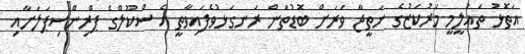
އަތޮޅު ތައުލީމީ މަރުކަޒުގެ ނަތީޖާ ވަރަށް ބޮޑުތަން ރަނގަޅުވެފައިވާތީ އެ ސްކޫލްގެ ޕްރިންސިޕަލަށާއި